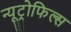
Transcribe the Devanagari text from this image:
न्यूट्रोफिल्स